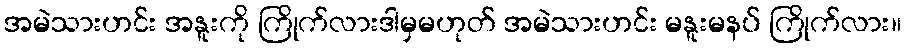
အမဲသားဟင်း အနူးကို ကြိုက်လားဒါမှမဟုတ် အမဲသားဟင်း မနူးမနပ် ကြိုက်လား။